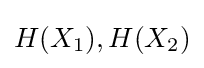
H(X_{1}),H(X_{2})